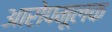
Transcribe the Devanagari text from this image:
आरोपमूलक